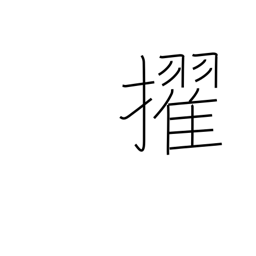
Meaning: surpass